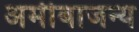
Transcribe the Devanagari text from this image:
अमीबाजन्य